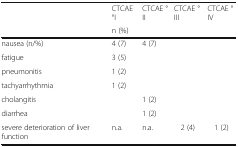
<table><thead><tr><td rowspan="2"></td><td><b>CTCAE °I</b></td><td><b>CTCAE °II</b></td><td><b>CTCAE °III</b></td><td><b>CTCAE °IV</b></td></tr><tr><td colspan="4"><b>n (%)</b></td></tr></thead><tbody><tr><td>nausea (n/%)</td><td>4 (7)</td><td>4 (7)</td><td></td><td></td></tr><tr><td>fatigue</td><td>3 (5)</td><td></td><td></td><td></td></tr><tr><td>pneumonitis</td><td>1 (2)</td><td></td><td></td><td></td></tr><tr><td>tachyarrhythmia</td><td>1 (2)</td><td></td><td></td><td></td></tr><tr><td>cholangitis</td><td></td><td>1 (2)</td><td></td><td></td></tr><tr><td>diarrhea</td><td></td><td>1 (2)</td><td></td><td></td></tr><tr><td>severe deterioration of liver function</td><td>n.a.</td><td>n.a.</td><td>2 (4)</td><td>1 (2)</td></tr></tbody></table>